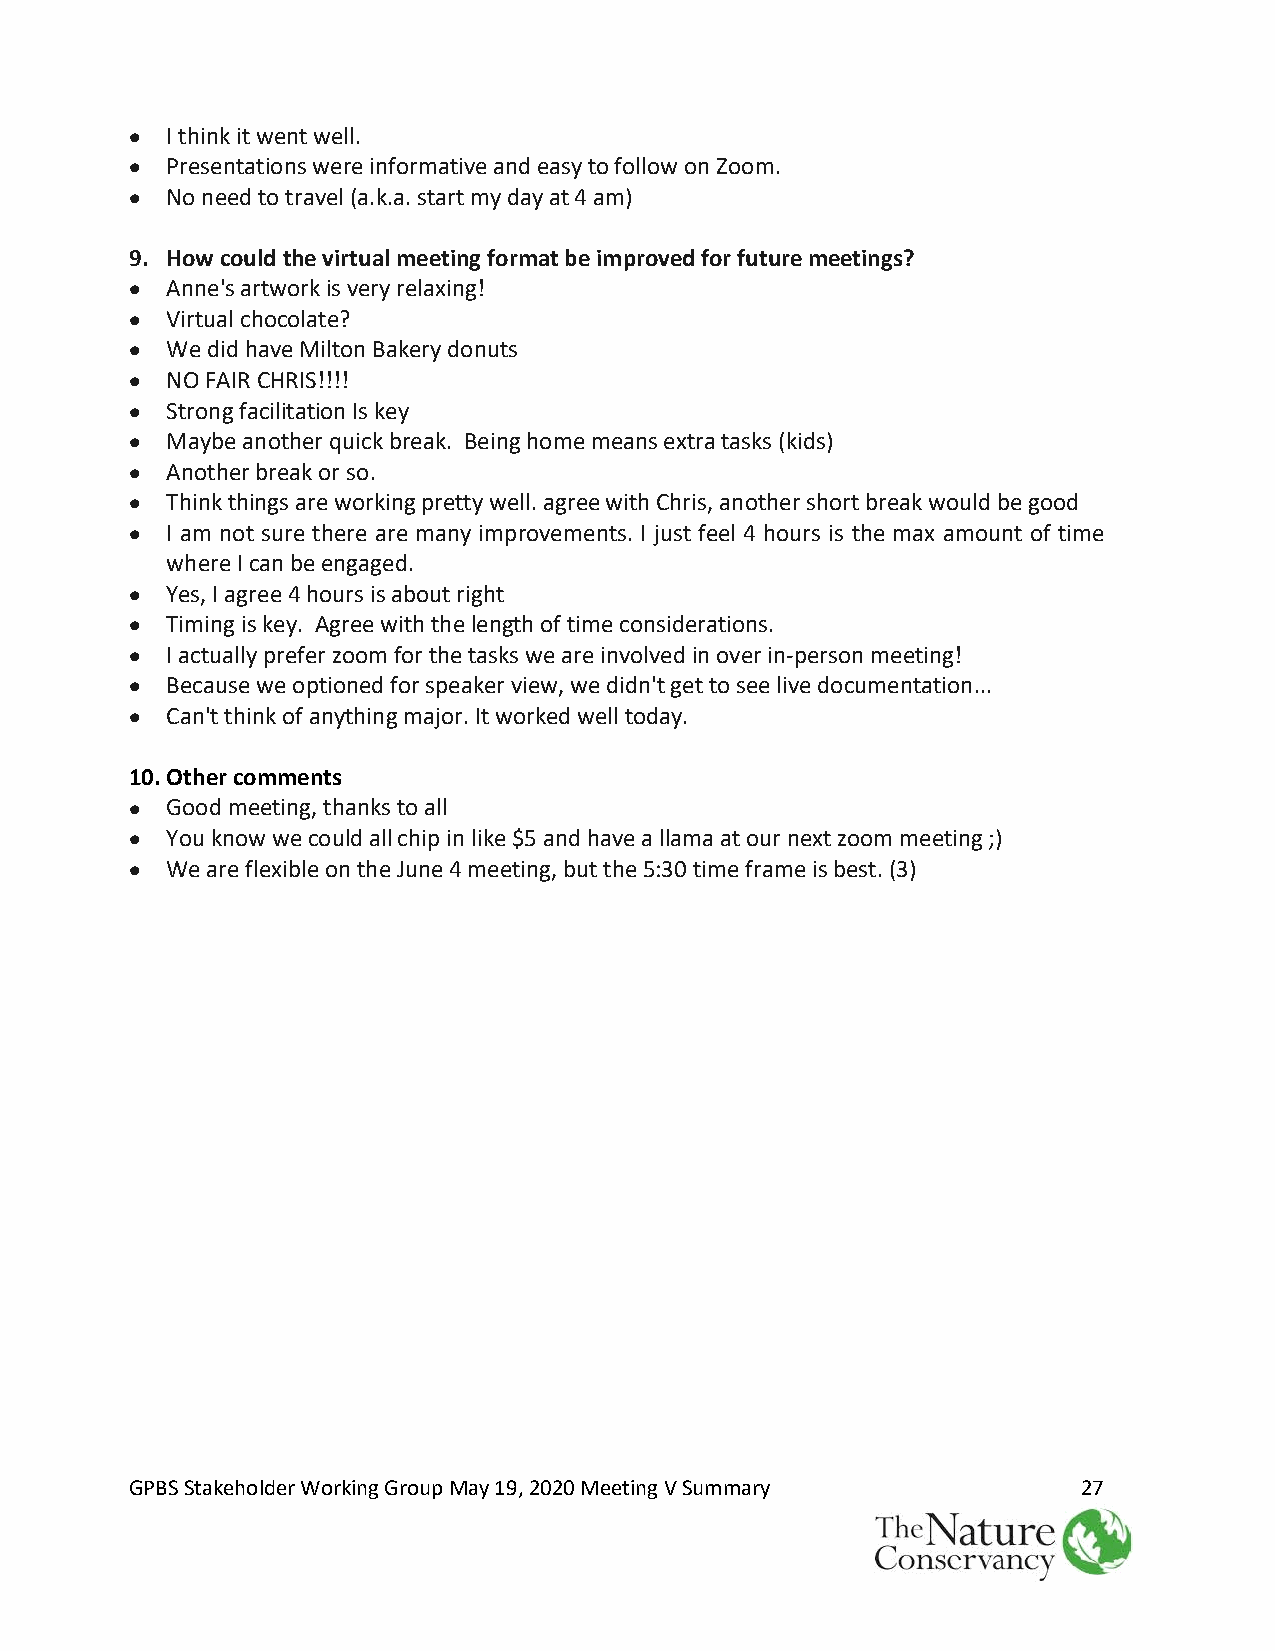
• I think it went well.
 • Presentations were informative and easy to follow on Zoom.
 • No need to travel (a.k.a. start my day at 4 am)
 9. How could the virtual meeting format be improved for future meetings?
 • Anne's artwork is very relaxing!
 • Virtual chocolate?
 • We did have Milton Bakery donuts
 • NO FAIR CHRIS!!!!
 • Strong facilitation Is key
 • Maybe another quick break. Being home means extra tasks (kids)
 • Another break or so.
 • Think things are working pretty well. agree with Chris, another short break would be good
 • I am not sure there are many improvements. I just feel 4 hours is the max amount of time
 where I can be engaged.
 • Yes, I agree 4 hours is about right
 • Timing is key. Agree with the length of time considerations.
 • I actually prefer zoom for the tasks we are involved in over in-person meeting!
 • Because we optioned for speaker view, we didn't get to see live documentation...
 • Can't think of anything major. It worked well today.
 10. Other comments
 • Good meeting, thanks to all
 • You know we could all chip in like $5 and have a llama at our next zoom meeting ;)
 • We are flexible on the June 4 meeting, but the 5:30 time frame is best. (3)
 GPBS Stakeholder Working Group May 19, 2020 Meeting V Summary  27
 Nature   ~~
 The
 Conservancy ~